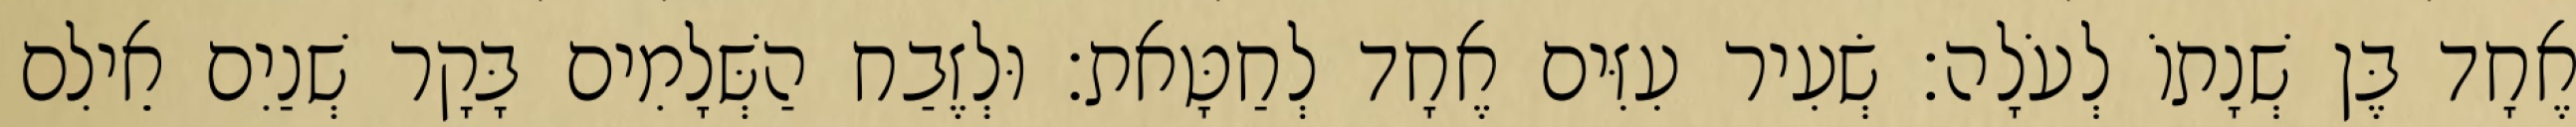
אֶחָד בֶּן שְׁנָתוֹ לְעֹלָה׃ שְׂעִיר עִזִּים אֶחָד לְחַטָּאת׃ וּלְזֶבַח הַשְּׁלָמִים בָּקָר שְׁנַיִם אֵילִם